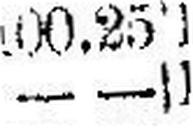
— —